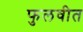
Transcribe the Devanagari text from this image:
फुलवीत